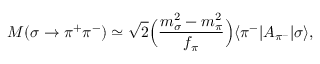
M ( \sigma \rightarrow \pi ^ { + } \pi ^ { - } ) \simeq \sqrt { 2 } \Bigl ( { \frac { m _ { \sigma } ^ { 2 } - m _ { \pi } ^ { 2 } } { f _ { \pi } } } \Bigr ) \langle { \pi ^ { - } | A _ { \pi ^ { - } } | \sigma } \rangle ,